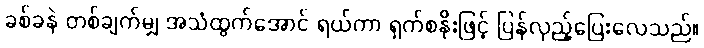
ခစ်ခနဲ တစ်ချက်မျှ အသံထွက်အောင် ရယ်ကာ ရှက်စနိုးဖြင့် ပြန်လှည့်ပြေးလေသည်။